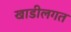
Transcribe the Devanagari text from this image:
खाडीलगत